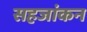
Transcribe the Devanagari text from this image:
सहजांकन